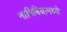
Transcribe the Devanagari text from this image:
नामिबियामध्ये